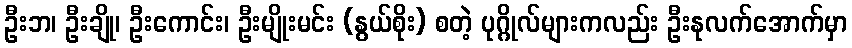
ဦးဘ၊ ဦးချို၊ ဦးကောင်း၊ ဦးမျိုးမင်း (နွယ်စိုး) စတဲ့ ပုဂ္ဂိုလ်များကလည်း ဦးနုလက်အောက်မှာ